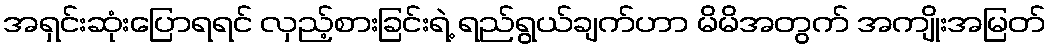
အရှင်းဆုံးပြောရရင် လှည့်စားခြင်းရဲ့ ရည်ရွယ်ချက်ဟာ မိမိအတွက် အကျိုးအမြတ်